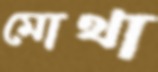
মোথা